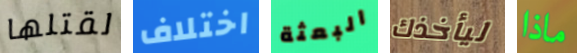
لقتلها اختلاف البعثة ليأخذك ماذا